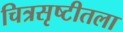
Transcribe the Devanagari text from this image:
चित्रसृष्टीतला